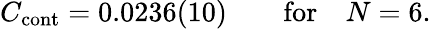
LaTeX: C_{\mathrm{cont}}=0.0236(10)\qquad\mathrm{for}\quad N=6.